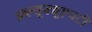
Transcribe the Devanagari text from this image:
डब्ल्यूक्यूएचटी